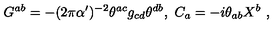
G ^ { a b } = - ( 2 \pi \alpha ^ { \prime } ) ^ { - 2 } \theta ^ { a c } g _ { c d } \theta ^ { d b } , \ C _ { a } = - i \theta _ { a b } X ^ { b } \ ,